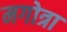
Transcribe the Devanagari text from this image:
मगोत्रा